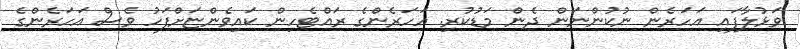
ވަޅުލާފައި އަހަރެން ނުކުންނަން ދެން މަޑުކުރި. އަހަރެންގެ ރައްޓެހިން ކައިވެންޏަށްފަހު ވެސް އަހަރެންގެ